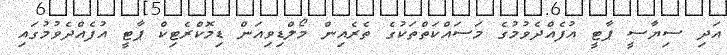
އަދި ސިޔާސީ ޕާޓީ އުފެއްދެވުމުގެ މަސައްކަތްތަކުގެ ތެރެއިން މޯލްޑިވިއަން ޑިމޮކްރެޓިކް ޕާޓީ އުފެއްދެވުމުގައި